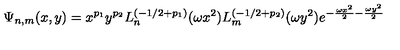
\Psi _ { n , m } ( x , y ) = x ^ { p _ { 1 } } y ^ { p _ { 2 } } L _ { n } ^ { ( - 1 / 2 + p _ { 1 } ) } ( \omega x ^ { 2 } ) L _ { m } ^ { ( - 1 / 2 + p _ { 2 } ) } ( \omega y ^ { 2 } ) e ^ { - \frac { \omega x ^ { 2 } } { 2 } - \frac { \omega y ^ { 2 } } { 2 } } \,